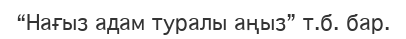
“Нағыз адам туралы аңыз” т.б. бар.